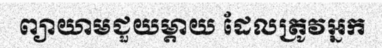
ព្យាយាមជួយម្តាយ ដែលត្រូវអ្នក